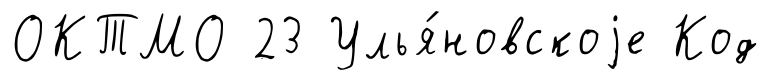
ОКТМО 23 Улья́новскоjе Код